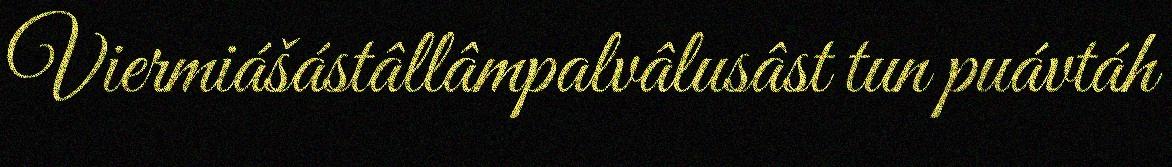
Viermiášástâllâmpalvâlusâst tun puávtáh